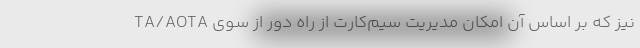
TA/AOTA نیز که بر اساس آن امکان مدیریت سیم‌کارت از راه دور از سوی